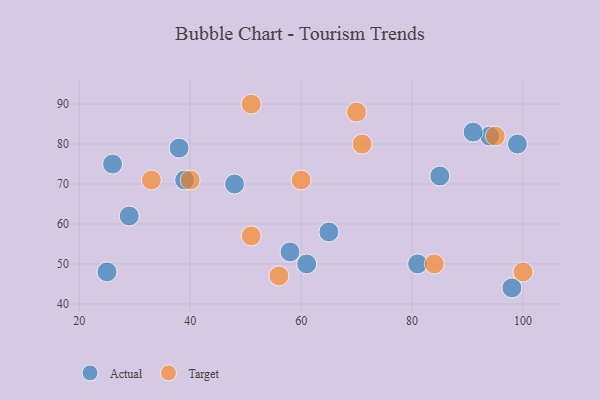
{"axis": {"x": "GDP", "y": "Life Expectancy"}, "legend": ["Actual", "Target"], "data": [{"x": "94", "y": 82, "type": "Actual"}, {"x": "81", "y": 50, "type": "Actual"}, {"x": "61", "y": 50, "type": "Actual"}, {"x": "29", "y": 62, "type": "Actual"}, {"x": "85", "y": 72, "type": "Actual"}, {"x": "26", "y": 75, "type": "Actual"}, {"x": "65", "y": 58, "type": "Actual"}, {"x": "58", "y": 53, "type": "Actual"}, {"x": "25", "y": 48, "type": "Actual"}, {"x": "98", "y": 44, "type": "Actual"}, {"x": "99", "y": 80, "type": "Actual"}, {"x": "38", "y": 79, "type": "Actual"}, {"x": "91", "y": 83, "type": "Actual"}, {"x": "39", "y": 71, "type": "Actual"}, {"x": "48", "y": 70, "type": "Actual"}, {"x": "60", "y": 71, "type": "Target"}, {"x": "51", "y": 57, "type": "Target"}, {"x": "84", "y": 50, "type": "Target"}, {"x": "71", "y": 80, "type": "Target"}, {"x": "70", "y": 88, "type": "Target"}, {"x": "100", "y": 48, "type": "Target"}, {"x": "95", "y": 82, "type": "Target"}, {"x": "56", "y": 47, "type": "Target"}, {"x": "51", "y": 90, "type": "Target"}, {"x": "33", "y": 71, "type": "Target"}, {"x": "40", "y": 71, "type": "Target"}]}